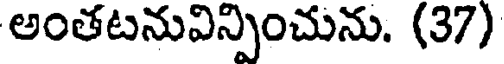
అంతటనువిన్పించును. (37)